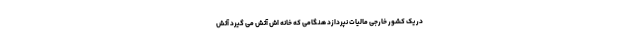
در یک کشور خارجی مالیات نپردازد هنگامی که خانه اش آتش می گیرد آتش